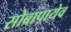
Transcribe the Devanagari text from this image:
सोब्रापायेव